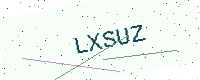
Text: LXSUZ